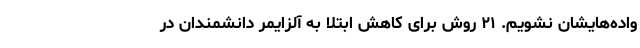
واده‌هایشان نشویم. ۲۱ روش برای کاهش ابتلا به آلزایمر دانشمندان در